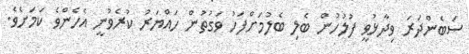
ސަބެންދަރަ ވިދާޅުވީ ފުލުހުން ބެލި ބެލުމަށްފަހު ވަގުތުން ހައްޔަރު ކުރެވުނީ އެހެންވެ ކަމަށެވެ.